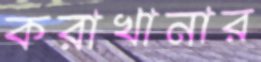
করাখানার